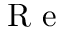
\textrm { R e }